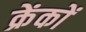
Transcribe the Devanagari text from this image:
क्रेंकों